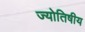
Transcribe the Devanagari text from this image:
ज्‍योतिषीय